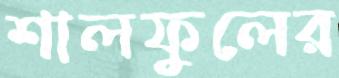
শালফুলের